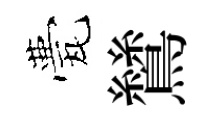
甍鷥